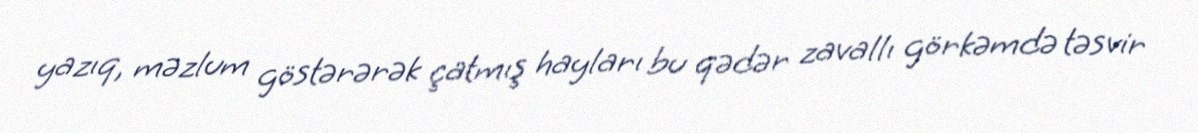
yazıq, məzlum göstərərək çatmış hayları bu qədər zavallı görkəmdə təsvir